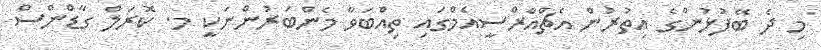
މި ދެ ބޭފުޅުންގެ އިތުރުން އެޗްއާެރްސީއެމްގައި ތިއްބަވާ މެންބަރުންނަކީ މ. ކޮރަލް ގާޑްންސް